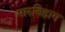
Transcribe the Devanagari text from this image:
मारुबिहाग